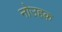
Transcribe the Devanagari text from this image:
नोउहक